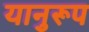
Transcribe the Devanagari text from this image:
यानुरूप